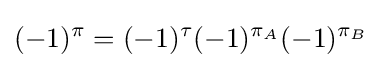
(-1)^{\pi }=(-1)^{\tau }(-1)^{\pi _{A}}(-1)^{\pi _{B}}